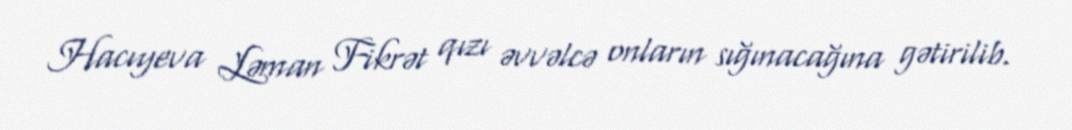
Hacıyeva Ləman Fikrət qızı əvvəlcə onların sığınacağına gətirilib.